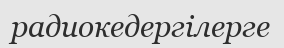
радиокедергілерге